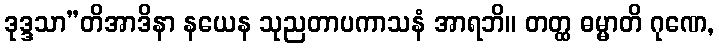
ဒုဒ္ဒသာ”တိအာဒိနာ နယေန သုညတာပကာသနံ အာရဘိ။ တတ္ထ ဓမ္မာတိ ဂုဏေ,